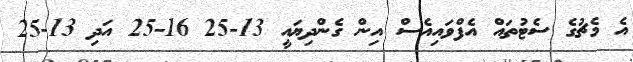
އެ މެޗުގެ ސެޓުތައް އެފްވައިއެސް އިން ގެންދިޔައީ 13-25 16-25 އަދި 13-25